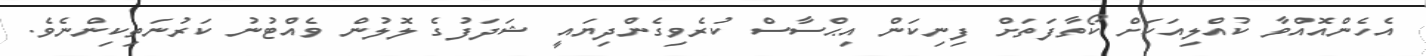
އެހެންއޮއްވާ ކުއްލިއަކަށް ކޯތާފަތަށް ފިނިކަން އިޙްސާސް ކުރެވިގެންދިޔައީ ޝަދަފުގެ ލޮލުން ވެއްޓުނު ކަރުނަތިކިންނެވެ.